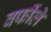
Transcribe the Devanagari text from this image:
वर्फीले